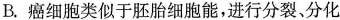
B.癌细胞类似于胚胎细胞能，进行分裂、分化